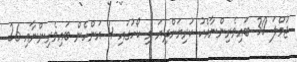
ޖުމްލަ 30 ބައިވެރިންނާއެކު ކުރިޔަށްދިޔަ މި ކޯހުގައި 4 އަންހެން ބައިވެރިންނާއި 26